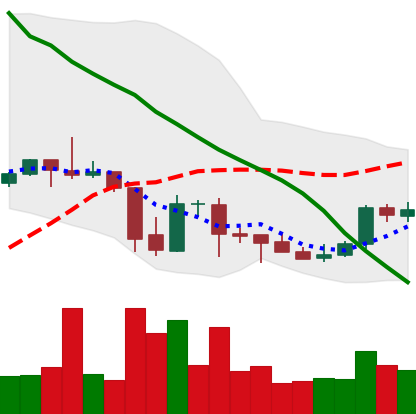
Ticker: DOGE-USD
Chart end date: 2021-10-03
Forward return: 9.968%
Label: up_7plus